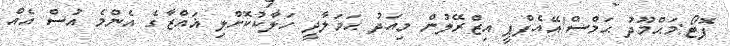
ފޮޓޯ:މަޙްމޫދު ޙަމްސް/އޭއެފްޕީ އިޒްރޭލުން މިއަދު ޙަމަލާދީ ހަލާކުކޮށްލި ޣައްޒާގެ އެންމެ އުސް އެއް